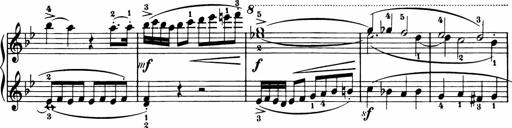
Title: 11 Sonatinas for Piano Solo
Composer: Anton Diabelli